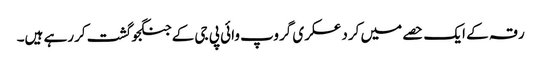
رقہ کے ایک حصے میں کرد عسکری گروپ وائی پی جی کے جنگجو گشت کررہے ہیں۔